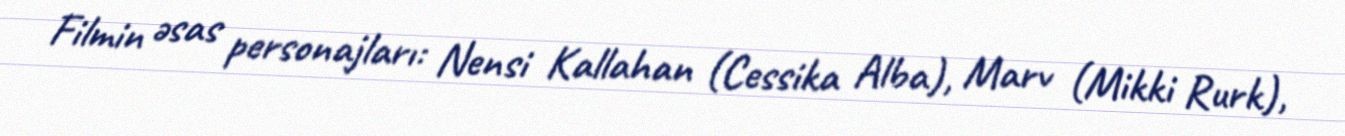
Filmin əsas personajları: Nensi Kallahan (Cessika Alba), Marv (Mikki Rurk),